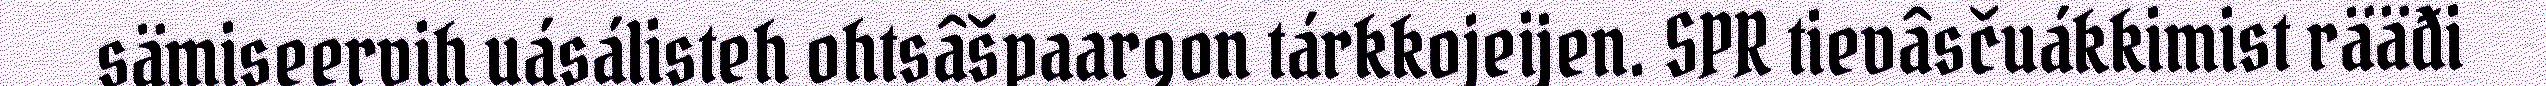
sämiseervih uásálisteh ohtsâšpaargon tárkkojeijen. SPR tievâsčuákkimist rääđi